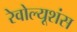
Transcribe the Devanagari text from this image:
रेवोल्यूशंस